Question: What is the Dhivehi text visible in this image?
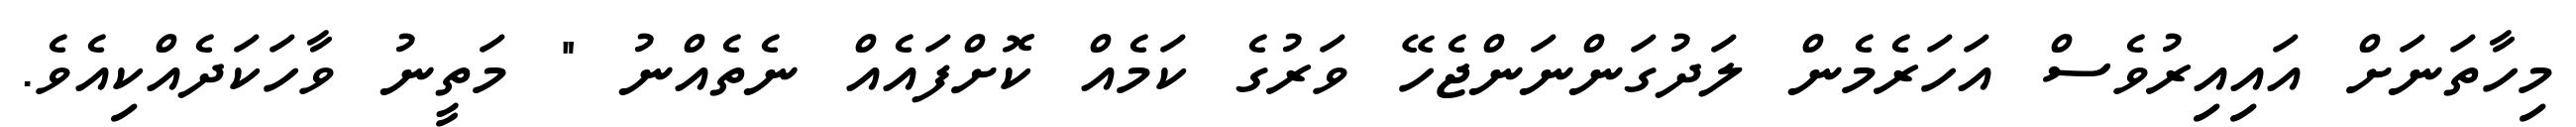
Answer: މިހާތަނަށް އައިއިރުވެސް އަހަރެމެން ލަދުގަންނަންޖެހޭ ވަރުގެ ކަމެއް ކޮށްފައެއް ނެތެއްނު " މަތީނު ވާހަކަދެއްކިއެވެ.